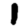
Digit: 1